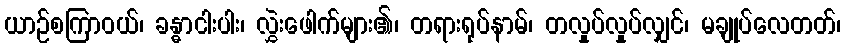
ယာဉ်စကြာဝယ်၊ ခန္ဓာငါးပါး၊ လွှဲးဖေါက်များ၏၊ တရားရုပ်နာမ်၊ တလှုပ်လှုပ်လျှင်၊ မချုပ်လေတတ်၊